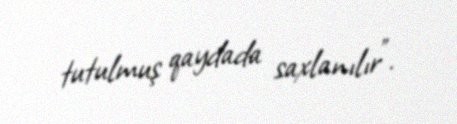
tutulmuş qaydada saxlanılır”.